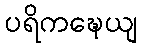
ပရိကဍ္ဎေယျ